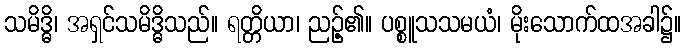
သမိဒ္ဓိ၊ အရှင်သမိဒ္ဓိသည်။ ရတ္တိယာ၊ ညဉ့်၏။ ပစ္စူသသမယံ၊ မိုးသောက်ထအခါ၌။